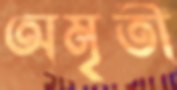
অমৃতী